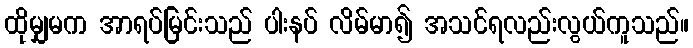
ထိုမျှမက အာရပ်မြင်းသည် ပါးနပ် လိမ်မာ၍ အသင်ရလည်းလွယ်ကူသည်။